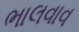
ભાલવાવ